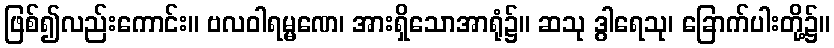
ဖြစ်၍လည်းကောင်း။ ဗလဝါရမ္မဏေ၊ အားရှိသောအာရုံ၌။ ဆသု ဒွါရေသု၊ ခြောက်ပါးတို့၌။